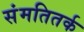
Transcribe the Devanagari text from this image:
संमतितर्क